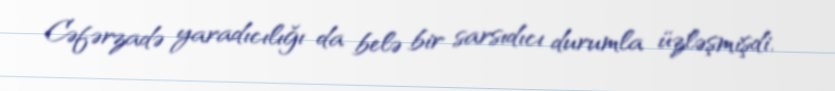
Cəfərzadə yaradıcılığı da belə bir sarsıdıcı durumla üzləşmişdi.